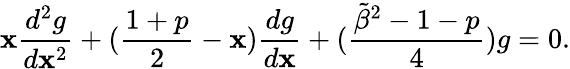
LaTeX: \mathbf{x}{\frac{{d^{2}g}}{{d\mathbf{x}^{2}}}}+({\frac{{1+p}}{{2}}}-\mathbf{x}){\frac{{dg}}{{d\mathbf{x}}}}+({\frac{{{\tilde{{\beta}}}^{2}-1-p}}{{4}}})g=0.